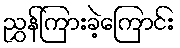
ညွှန်ကြားခဲ့ကြောင်း